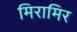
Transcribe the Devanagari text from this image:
मिरामिर